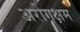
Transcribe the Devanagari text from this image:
अरोगक्षम